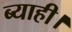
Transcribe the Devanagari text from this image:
ब्याही।